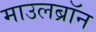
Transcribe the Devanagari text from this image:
माउलब्रॉन